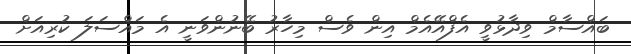
ބައްސާމް ވިދާޅުވީ އެފްއޭއެމް އިން ވެސް މިހާރު ބޭނުންވަނީ އެ މައްސަލަ ކުރިއަށް